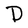
Character: D